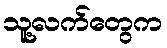
သူ့လက်တွေက